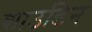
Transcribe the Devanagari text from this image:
शाउडिन